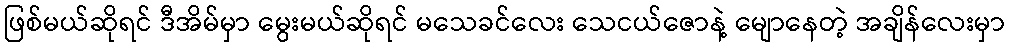
ဖြစ်မယ်ဆိုရင် ဒီအိမ်မှာ မွေးမယ်ဆိုရင် မသေခင်လေး သေငယ်ဇောနဲ့ မျောနေတဲ့ အချိန်လေးမှာ